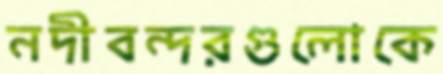
নদীবন্দরগুলোকে